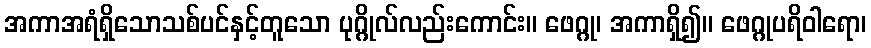
အကာအရံရှိသောသစ်ပင်နှင့်တူသော ပုဂ္ဂိုလ်လည်းကောင်း။ ဖေဂ္ဂု၊ အကာရှိ၍။ ဖေဂ္ဂုပရိဝါရော၊